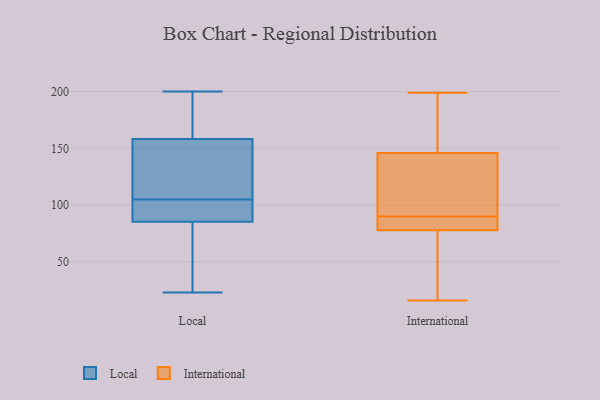
{"axis": {"x": "Backlog", "y": "Value"}, "legend": ["International", "Local"], "data": [{"x": "", "y": 163, "type": "Local"}, {"x": "", "y": 191, "type": "Local"}, {"x": "", "y": 128, "type": "Local"}, {"x": "", "y": 84, "type": "Local"}, {"x": "", "y": 181, "type": "Local"}, {"x": "", "y": 59, "type": "Local"}, {"x": "", "y": 144, "type": "Local"}, {"x": "", "y": 100, "type": "Local"}, {"x": "", "y": 89, "type": "Local"}, {"x": "", "y": 105, "type": "Local"}, {"x": "", "y": 115, "type": "Local"}, {"x": "", "y": 79, "type": "Local"}, {"x": "", "y": 58, "type": "Local"}, {"x": "", "y": 114, "type": "Local"}, {"x": "", "y": 196, "type": "Local"}, {"x": "", "y": 93, "type": "Local"}, {"x": "", "y": 200, "type": "Local"}, {"x": "", "y": 23, "type": "Local"}, {"x": "", "y": 103, "type": "Local"}, {"x": "", "y": 130, "type": "International"}, {"x": "", "y": 16, "type": "International"}, {"x": "", "y": 90, "type": "International"}, {"x": "", "y": 82, "type": "International"}, {"x": "", "y": 80, "type": "International"}, {"x": "", "y": 85, "type": "International"}, {"x": "", "y": 87, "type": "International"}, {"x": "", "y": 199, "type": "International"}, {"x": "", "y": 178, "type": "International"}, {"x": "", "y": 16, "type": "International"}, {"x": "", "y": 77, "type": "International"}, {"x": "", "y": 126, "type": "International"}, {"x": "", "y": 150, "type": "International"}, {"x": "", "y": 176, "type": "International"}, {"x": "", "y": 35, "type": "International"}, {"x": "", "y": 134, "type": "International"}, {"x": "", "y": 167, "type": "International"}, {"x": "", "y": 73, "type": "International"}, {"x": "", "y": 123, "type": "International"}]}